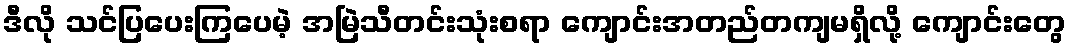
ဒီလို သင်ပြပေးကြပေမဲ့ အမြဲသီတင်းသုံးစရာ ကျောင်းအတည်တကျမရှိလို့ ကျောင်းတွေ